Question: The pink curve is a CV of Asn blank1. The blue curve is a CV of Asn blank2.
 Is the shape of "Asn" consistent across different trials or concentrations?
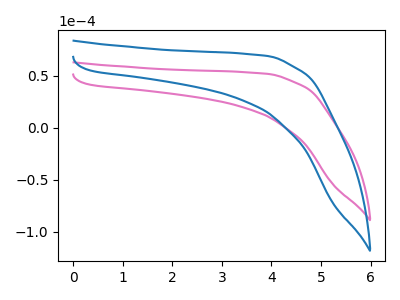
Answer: <think>The pink curve "Asn blank1" has no peaks. The blue curve "Asn blank2" has no peaks.
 Neither "Asn blank1" or "Asn blank2" have any peaks.</think>
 <answer>All the CV's of "Asn" have similar shape.</answer>
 <eval>follow_rule</eval>